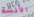
الآنسة